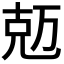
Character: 𠒐